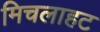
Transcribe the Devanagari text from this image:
मिचलाहट